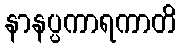
နာနပ္ပကာရကာတိ